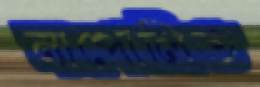
নাপোলিত